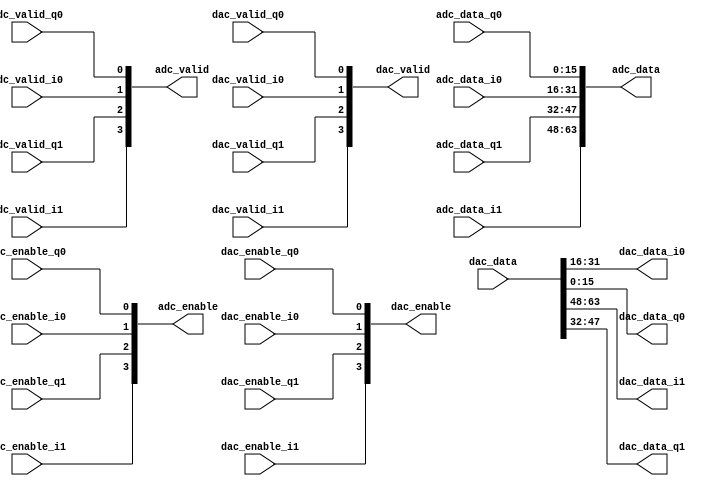

`timescale 1ns/100ps

module concat_9361 (
  input         adc_enable_i0,
  input         adc_valid_i0,
  input [15:0]  adc_data_i0,
  input         adc_enable_q0,
  input         adc_valid_q0,
  input [15:0]  adc_data_q0,
  input         adc_enable_i1,
  input         adc_valid_i1,
  input [15:0]  adc_data_i1,
  input         adc_enable_q1,
  input         adc_valid_q1,
  input [15:0]  adc_data_q1,

  output [63:0] adc_data,
  output [3:0]  adc_enable,
  output [3:0]  adc_valid,

  input         dac_enable_i0,
  input         dac_valid_i0,
  input         dac_enable_q0,
  input         dac_valid_q0,
  input         dac_enable_i1,
  input         dac_valid_i1,
  input         dac_enable_q1,
  input         dac_valid_q1,
  output [15:0] dac_data_i0,
  output [15:0] dac_data_q0,
  output [15:0] dac_data_i1,
  output [15:0] dac_data_q1,

  input [63:0]  dac_data,
  output [3:0]  dac_enable,
  output [3:0]  dac_valid
);

  assign adc_data[15:0] = adc_data_q0;
  assign adc_data[31:16] = adc_data_i0;
  assign adc_data[47:32] = adc_data_q1;
  assign adc_data[63:48] = adc_data_i1;
  assign adc_valid[0] = adc_valid_q0;
  assign adc_valid[1] = adc_valid_i0;
  assign adc_valid[2] = adc_valid_q1;
  assign adc_valid[3] = adc_valid_i1;
  assign adc_enable[0] = adc_enable_q0;
  assign adc_enable[1] = adc_enable_i0;
  assign adc_enable[2] = adc_enable_q1;
  assign adc_enable[3] = adc_enable_i1;

  assign dac_data_q0 = dac_data[15:0];
  assign dac_data_i0 = dac_data[31:16];
  assign dac_data_q1 = dac_data[47:32];
  assign dac_data_i1 = dac_data[63:48];

  assign dac_valid[0] = dac_valid_q0;
  assign dac_valid[1] = dac_valid_i0;
  assign dac_valid[2] = dac_valid_q1;
  assign dac_valid[3] = dac_valid_i1;
  assign dac_enable[0] = dac_enable_q0;
  assign dac_enable[1] = dac_enable_i0;
  assign dac_enable[2] = dac_enable_q1;
  assign dac_enable[3] = dac_enable_i1;

endmodule